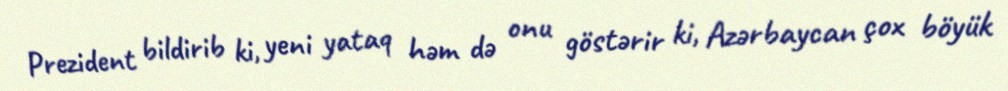
Prezident bildirib ki, yeni yataq həm də onu göstərir ki, Azərbaycan çox böyük